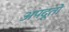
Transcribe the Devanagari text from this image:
अपदूतों